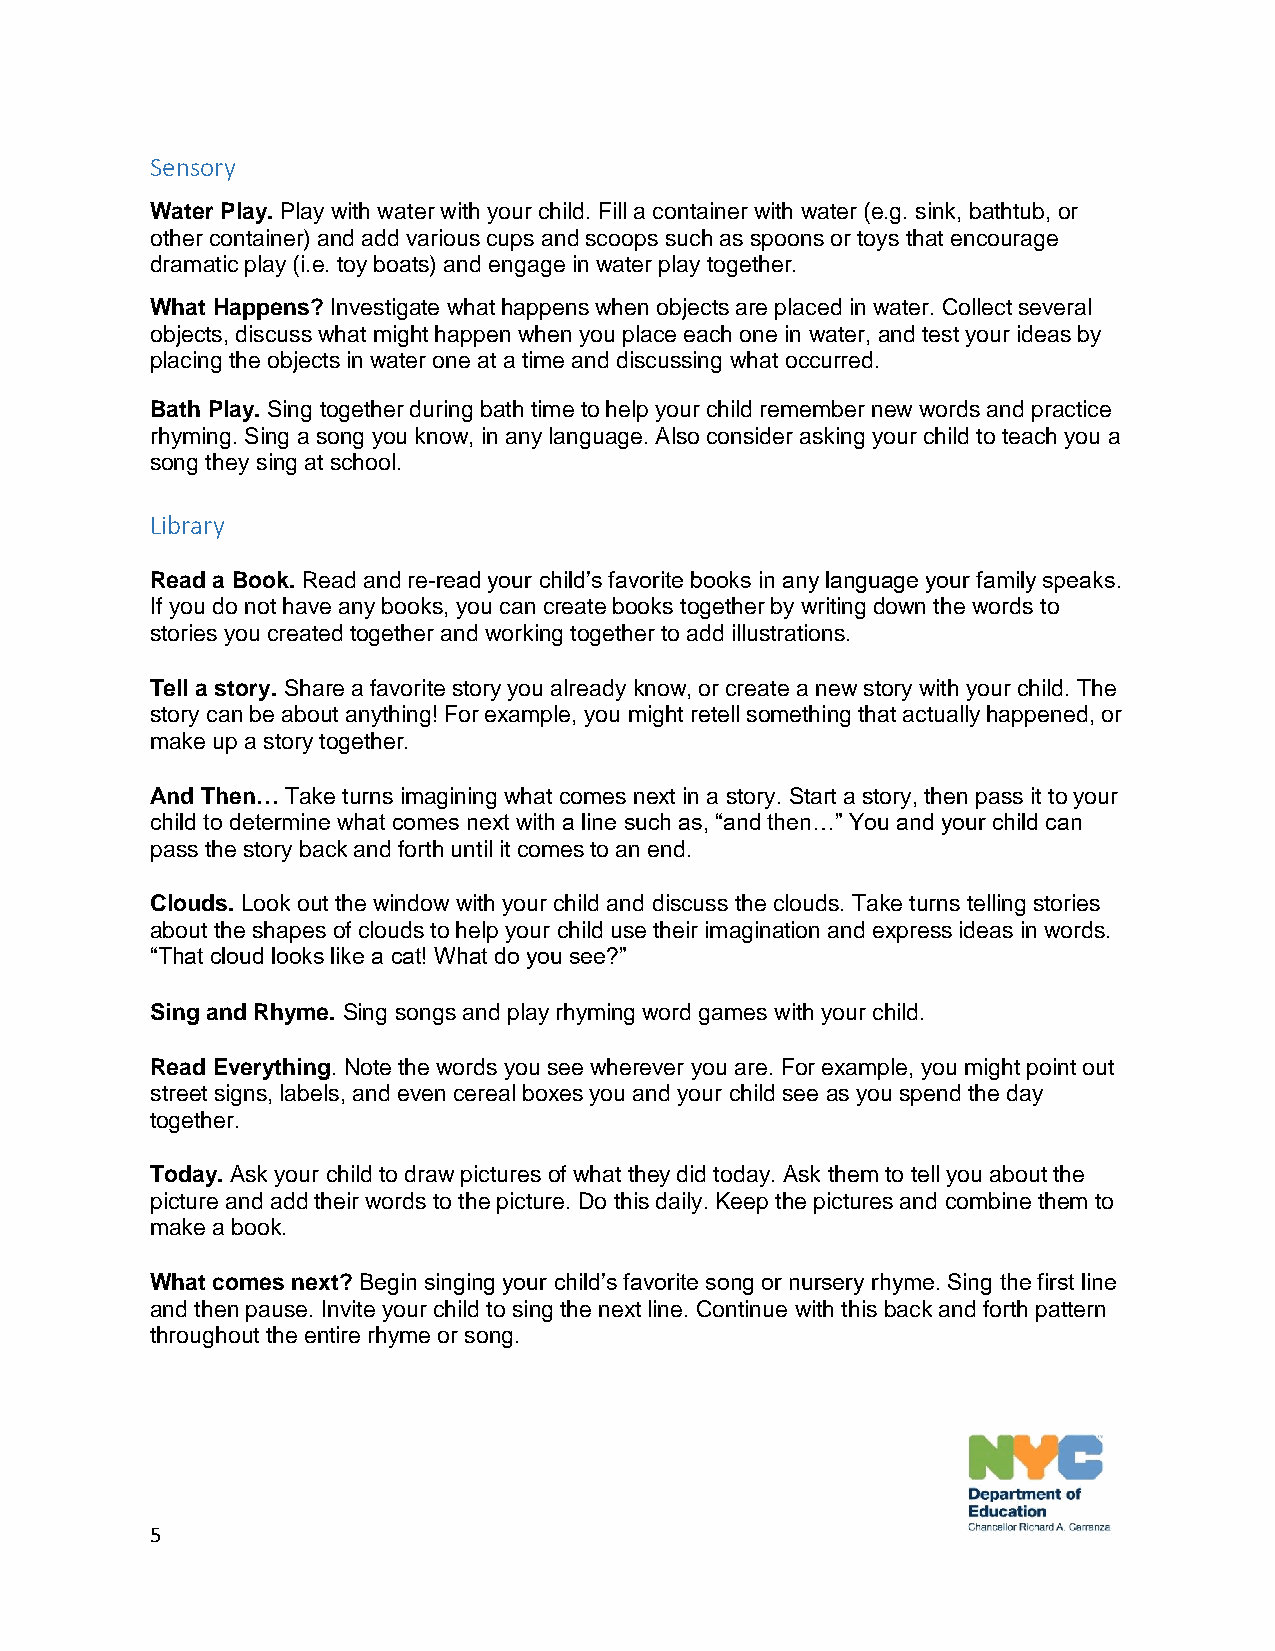
Sensory
 Water Play. Play with water with your child. Fill a container with water (e.g. sink, bathtub, or
 other container) and add various cups and scoops such as spoons or toys that encourage
 dramatic play (i.e. toy boats) and engage in water play together.
 What Happens? Investigate what happens when objects are placed in water. Collect several
 objects, discuss what might happen when you place each one in water, and test your ideas by
 placing the objects in water one at a time and discussing what occurred.
 Bath Play. Sing together during bath time to help your child remember new words and practice
 rhyming. Sing a song you know, in any language. Also consider asking your child to teach you a
 song they sing at school.
 Library
 Read a Book. Read and re-read your child’s favorite books in any language your family speaks.
 If you do not have any books, you can create books together by writing down the words to
 stories you created together and working together to add illustrations.
 Tell a story. Share a favorite story you already know, or create a new story with your child. The
 story can be about anything! For example, you might retell something that actually happened, or
 make up a story together.
 And Then… Take turns imagining what comes next in a story. Start a story, then pass it to your
 child to determine what comes next with a line such as, “and then…” You and your child can
 pass the story back and forth until it comes to an end.
 Clouds. Look out the window with your child and discuss the clouds. Take turns telling stories
 about the shapes of clouds to help your child use their imagination and express ideas in words.
 “That cloud looks like a cat! What do you see?”
 Sing and Rhyme. Sing songs and play rhyming word games with your child.
 Read Everything. Note the words you see wherever you are. For example, you might point out
 street signs, labels, and even cereal boxes you and your child see as you spend the day
 together.
 Today. Ask your child to draw pictures of what they did today. Ask them to tell you about the
 picture and add their words to the picture. Do this daily. Keep the pictures and combine them to
 make a book.
 What comes next? Begin singing your child’s favorite song or nursery rhyme. Sing the first line
 and then pause. Invite your child to sing the next line. Continue with this back and forth pattern
 throughout the entire rhyme or song.
 5